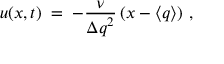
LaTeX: u ( x , t ) \; = \; - \frac { \nu } { { \Delta q } ^ { 2 } } \left( x - \langle q \rangle \right) \, ,